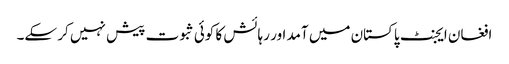
افغان ایجنٹ پاکستان میں آمد اور رہائش کا کوئی ثبوت پیش نہیں کر سکے۔